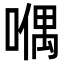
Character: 𠽀